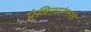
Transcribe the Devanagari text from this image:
प्रेषितानंतरचे